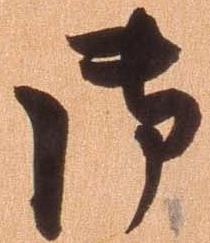
御